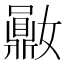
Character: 𪔈